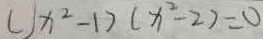
( x ^ { 2 } - 1 ) ( x ^ { 2 } - 2 ) = 0